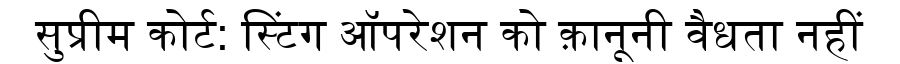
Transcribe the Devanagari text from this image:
सुप्रीम कोर्ट: स्टिंग ऑपरेशन को क़ानूनी वैधता नहीं